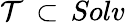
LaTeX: {\cal T}\, \subset\, Solv